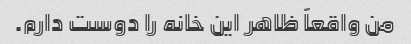
من واقعاً ظاهر این خانه را دوست دارم.